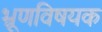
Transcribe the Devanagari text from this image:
भ्रूणविषयक